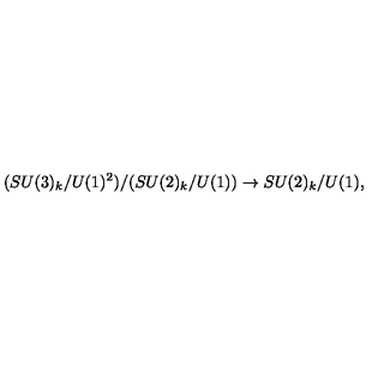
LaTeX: ( S U ( 3 ) _ { k } / U ( 1 ) ^ { 2 } ) / ( S U ( 2 ) _ { k } / U ( 1 ) ) \rightarrow S U ( 2 ) _ { k } / U ( 1 ) ,